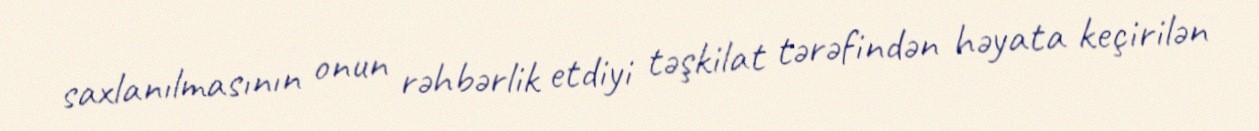
saxlanılmasının onun rəhbərlik etdiyi təşkilat tərəfindən həyata keçirilən